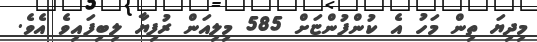
މިދިޔަ ތިން މަހު އެ ކުންފުންޏަށް 585 މިލިއަން ރުފިޔާ ލިބިފައިވެ އެވެ.